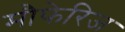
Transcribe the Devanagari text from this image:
मौफेरिज